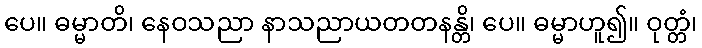
ပေ။ ဓမ္မာတိ၊ နေဝသညာ နာသညာယတတနန္တိ၊ ပေ။ ဓမ္မာဟူ၍။ ဝုတ္တံ၊